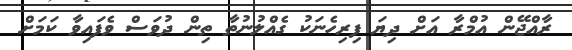
ރާއްޖޭން އުމްރާ އަށް ދިޔަ ފިރިހެނަކު ގެއްލުނުތާ ތިން ދުވަސް ވެފައިވާ ކަމަށް